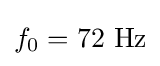
f_{0}=72~{\text{Hz}}